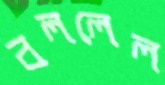
বললেল